Indian journal of veterinary science and animal husbandry - Volume 11,
Year: 1941
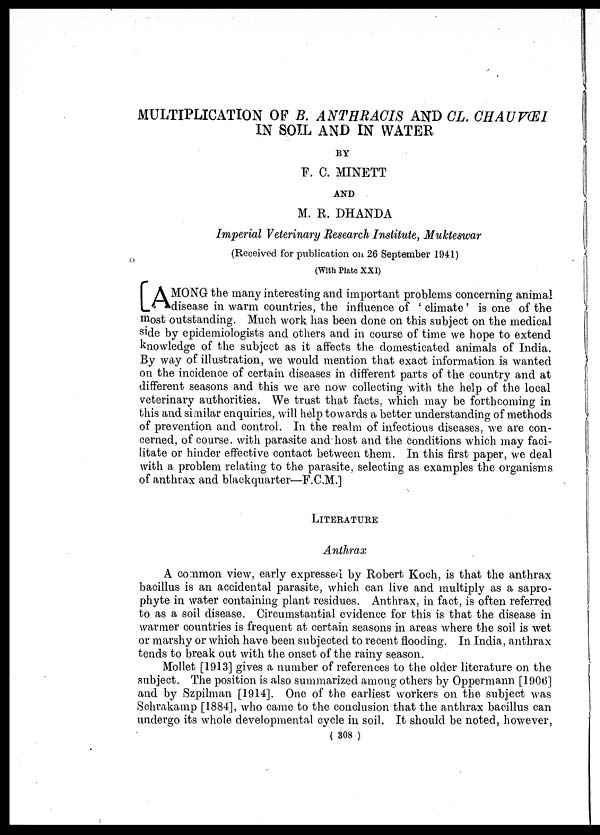
MULTIPLICATION OF B. ANTHRACIS AND CL. CHAUVŒI
IN SOIL AND IN WATER
BY
F. C. MINETT
AND
M. R. DHANDA
Imperial Veterinary Research Institute, Mukteswar
(Received for publication on 26 September 1941)
(With Plate XXI)
AMONG the many interesting and important problems concerning animal
disease
in warm countries, the influence of ' climate ' is one of the
most outstanding. Much work has been done on this subject on the medical
side by epidemiologists and others and in course of time we hope to extend
knowledge of the subject as it affects the domesticated animals of India.
By way of illustration, we would mention that exact information is wanted
on the incidence of certain diseases in different parts of the country and at
different seasons and this we are now collecting with the help of the local
veterinary authorities. We trust that facts, which may be forthcoming in
this and similar enquiries, will help towards a better understanding of methods
of prevention and control. In the realm of infectious diseases, we are con-
cerned, of course with parasite and host and the conditions which may faci-
litate or hinder effective contact between them. In this first paper, we deal
with a problem relating to the parasite, selecting as examples the organisms
of anthrax and blackquarter—F.C.M.]
LITERATURE
Anthrax
A conmon view, early expressed by Robert Koch, is that the anthrax
bacillus is an accidental parasite, which can live and multiply as a sapro-
phyte in water containing plant residues. Anthrax, in fact, is often referred
to as a soil disease. Circumstantial evidence for this is that the disease in
warmer countries is frequent at certain seasons in areas where the soil is wet
or marshy or which have been subjected to recent flooding. In India, anthrax
tends to break out with the onset of the rainy season.
Mollet [1913] gives a number of references to the older literature on the
subject. The position is also summarized among others by Oppermann [1906]
and by Szpilman [1914]. One of the earliest workers on the subject was
Schrakamp [1884], who came to the conclusion that the anthrax bacillus can
undergo its whole developmental cycle in soil. It should be noted, however,
( 308 )